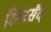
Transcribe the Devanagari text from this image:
रिवरसैद